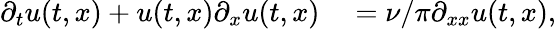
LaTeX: \begin{array}{rl}{\partial_{t}u(t,x)+u(t,x)\partial_{x}u(t,x)}&{{}=\nu/\pi\partial_{xx}u(t,x),}\end{array}